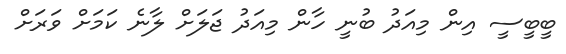
ބީބީސީ އިން މިއަދު ބުނީ ހާން މިއަދު ޖަލަށް ލާނެ ކަމަށް ވަރަށް